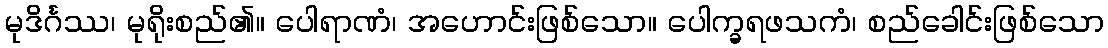
မုဒိင်္ဂဿ၊ မုရိုးစည်၏။ ပေါရာဏံ၊ အဟောင်းဖြစ်သော။ ပေါက္ခရဖသကံ၊ စည်ခေါင်းဖြစ်သော